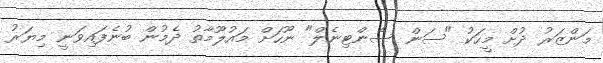
މަންޒަރު ދުށް މީހަކު "ސަން ސެންޓިނެލް" ނޫހަށް މައުލޫމާތު ދެމުން ބުނެފައިވަނީ މިޔަރު